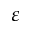
\varepsilon